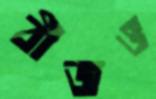
বীজও